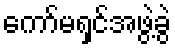
ကော်မရှင်အဖွဲ့ခွဲ